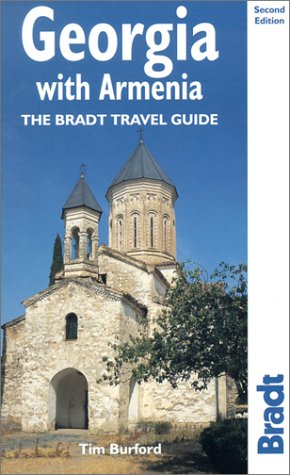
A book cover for Georgia with Armenia, 2nd: The Bradt Travel Guide; Tim Burford; Travel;